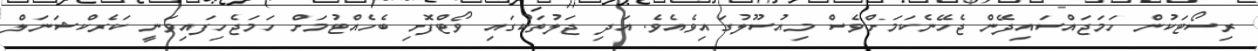
ރިސޯޓަކުން ހަމަޖައްސައިދޭން ޖެހޭނެކަމަށްވެސް މިއުސޫލުގައިވެއެވެ. އަދި ޖަލުތަކުގައި ވޯޓްފޮށި ބެހެއްޓުމަށް ހަމަޖެހިފައިވަނީ ކަރެކްޝަނަލް